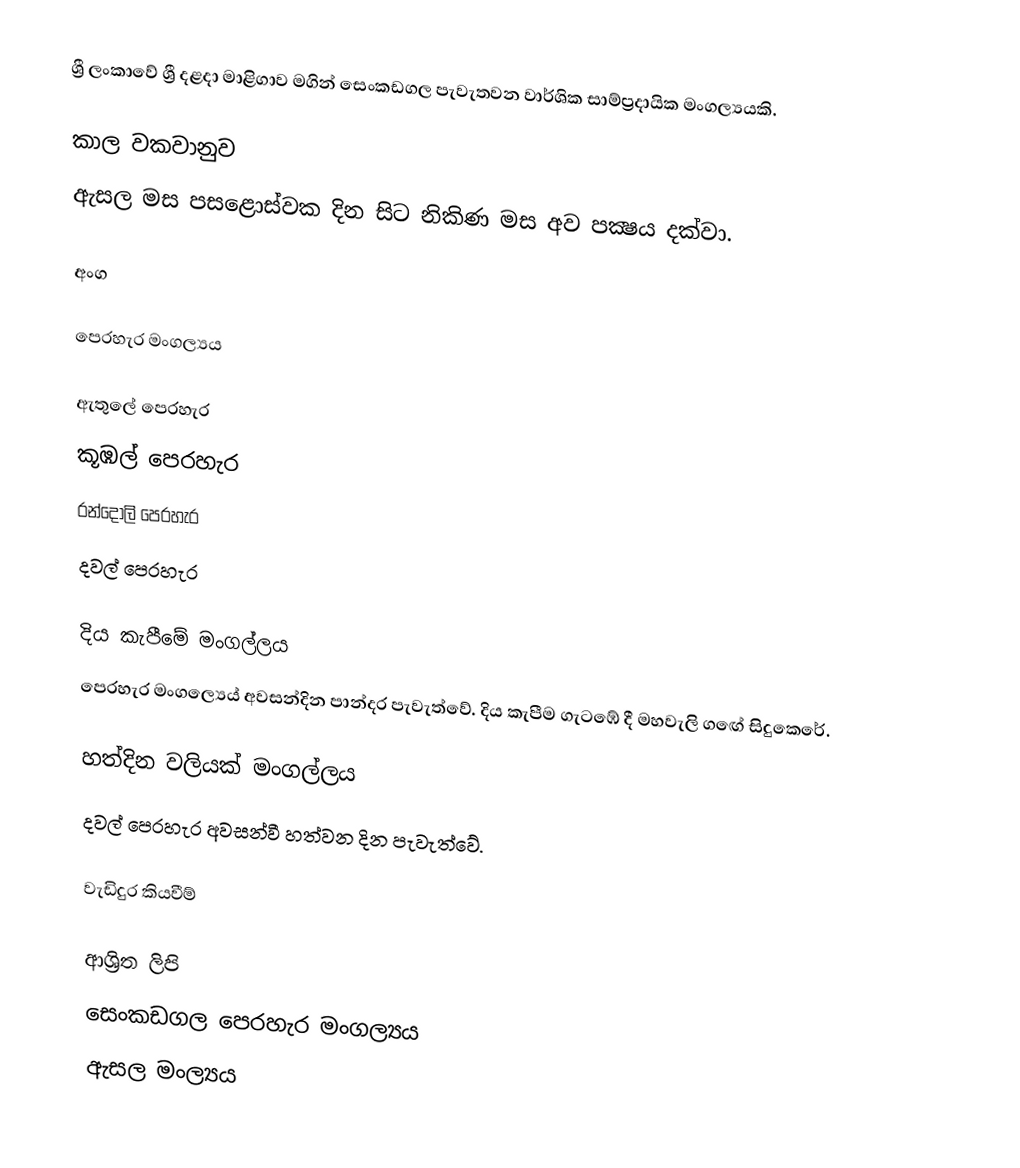
ශ්‍රී ලංකාවේ ශ්‍රී දළදා මාළිගාව මගින්  සෙංකඩගල පැවැතවන වාර්ශික සාම්ප්‍රදායික මංගල්‍යයකි.

කාල වකවානුව
ඇසල මස පසළොස්වක දින සිට නිකිණ මස අව පක්‍ෂය දක්වා.

අංග

පෙරහැර මංගල්‍යය

ඇතුලේ පෙරහැර
 කූඹල් පෙරහැර
 රන්දෝලි පෙරහැර
 දවල් පෙරහැර

දිය කැපීමේ මංගල්ලය
පෙරහැර මංගල්‍යෙය් අවසන්දින පාන්දර පැවැත්වේ. දිය කැපීම ගැටඹේ දී මහවැලි ගඟේ සිදුකෙරේ.

හත්දින වලියක් මංගල්ලය
දවල් පෙරහැර අවසන්වී හත්වන දින පැවැත්වේ.

වැඩිදුර කියවීම්

ආශ්‍රිත ලිපි
 සෙංකඩගල පෙරහැර මංගල්‍යය
ඇසල මංල්‍යය